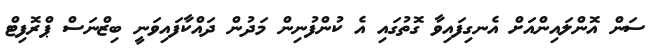
ސަން އޮންލައިންއަށް އެނގިފައިވާ ގޮތުގައި އެ ކުންފުނިން މަދުން ދައްކާފައިވަނީ ބިޒްނަސް ޕްރޮފިޓް